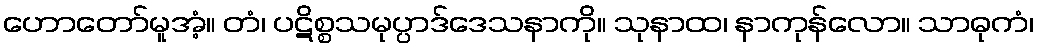
ဟောတော်မူအံ့။ တံ၊ ပဋိစ္စသမုပ္ပာဒ်ဒေသနာကို။ သုနာထ၊ နာကုန်လော။ သာဓုကံ၊